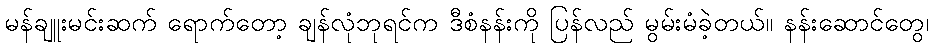
မန်ချူးမင်းဆက် ရောက်တော့ ချန်လုံဘုရင်က ဒီစံနန်းကို ပြန်လည် မွမ်းမံခဲ့တယ်။ နန်းဆောင်တွေ၊